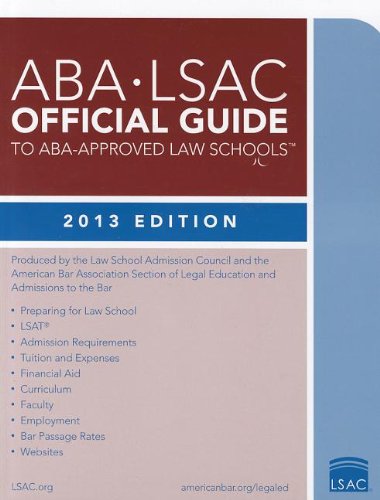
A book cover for ABA-LSAC Official Guide to ABA-Approved Law Schools 2013; Law School Admission Council; Law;